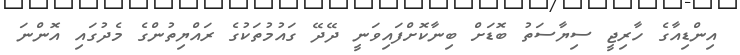
އިންޑިއާގެ ހާރިޖީ ސިޔާސަތު ބޮޑަށް ބިނާކޮށްފައިވަނީ ދޭދޭ ގައުމުތަކުގެ ރައްޔިތުންގެ މެދުގައި އޮންނަ